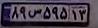
۸۹س۵۹۵۱۳